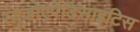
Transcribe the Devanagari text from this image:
स्यूडोएपेंडिसाइटिस